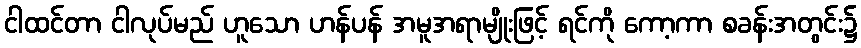
ငါထင်တာ ငါလုပ်မည် ဟူသော ဟန်ပန် အမူအရာမျိုးဖြင့် ရင်ကို ကော့ကာ စခန်းအတွင်း၌